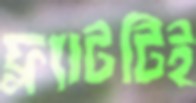
ফ্ল্যাটটিই